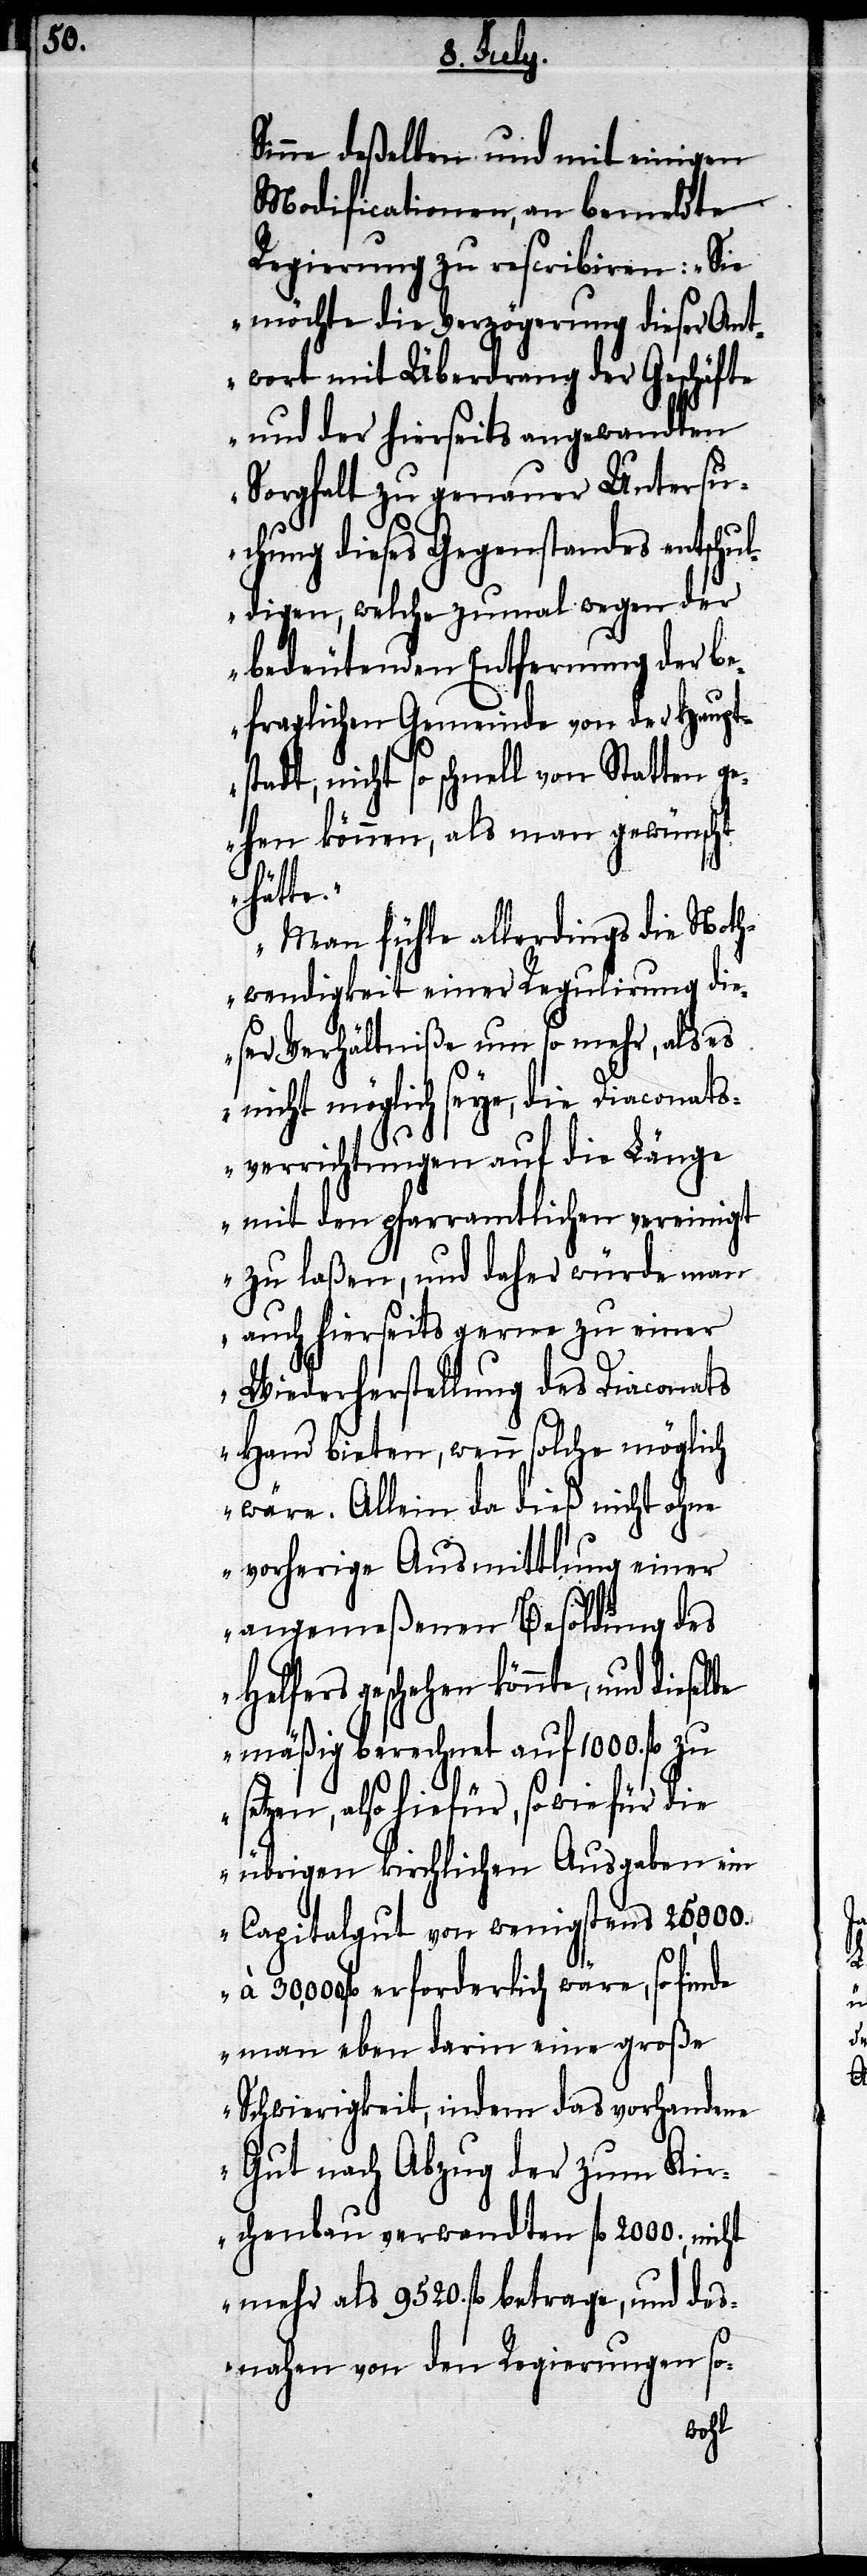
Sinne deßelben und mit einigen
Modificationen, an bemeldte
Regierung zu rescribiren: „Sie
möchte die Verzögerung dieser Ant¬
wort mit Überdrang der Geschäfte
und der hierseits angewandten
Sorgfalt zu genauer Untersu¬
chung dieses Gegenstandes entschu¬
ldigen, welche zumal wegen der
bedeutenden Entfernung der be¬
fraglichen Gemeinde von der Haupts¬
tadt, nicht so schnell von Statten g¬
ehen können, als man gewünscht
hätte.
Man fühle allerdings die Noth¬
wendigkeit einer Regulirung di¬
eser Verhältniße um so mehr, als es
nicht möglich seye, die Diaconats¬
verrichtungen auf die Länge
mit den pfarramtlichen vereinigt
zu laßen, und daher würde man
auch hierseits gerne zu einer
Wiederherstellung des Diaconats
Hand bieten, wenn solche möglich
wäre. Allein da dieß nicht ohne
vorherige Ausmittlung einer
angemeßenen Besoldung des
Helfers geschehen könnte,
mäßig berechnet auf 1000. fl.
setzen, also hiefür, so wie für die
übrigen kirchlichen Ausgaben im
Capitalgut von wenigstens 25,000.
fl. erforderlich wäre, so finde
man eben darin eine große
Schwierigkeit, indem das vorhandene
Gut nach Abzug der zum Kir¬
chenbau verwandten fl. 2000., nicht
mehr als 9520. fl. betrage, und des¬
nahen von den Regierungen so-